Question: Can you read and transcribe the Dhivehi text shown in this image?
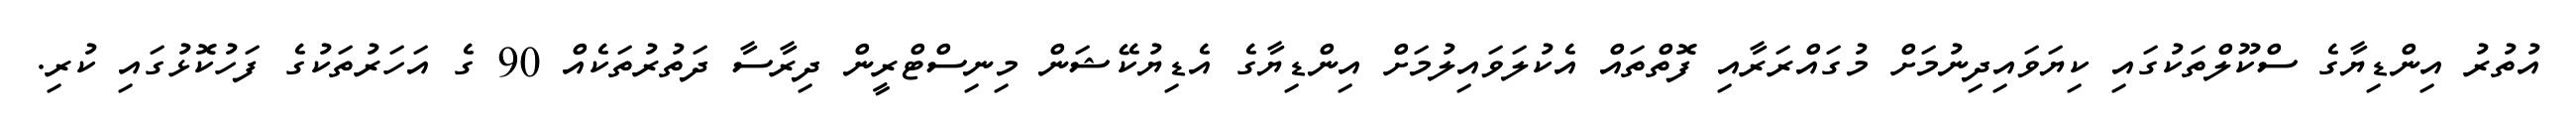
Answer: އުތުރު އިންޑިޔާގެ ސްކޫލްތަކުގައި ކިޔަވައިދިނުމަށް މުގައްރަރާއި ފޮތްތައް އެކުލަވައިލުމަށް އިންޑިޔާގެ އެޑިޔުކޭޝަން މިނިސްޓްރީން ދިރާސާ ދަތުރުތަކެއް 90 ގެ އަހަރުތަކުގެ ފަހުކޮޅުގައި ކުރި.